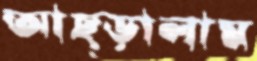
আছ্‌ড়ালাম